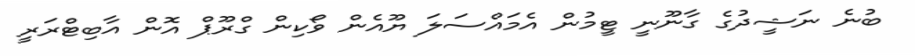
ބުނެ ނަޝީދުގެ ގާނޫނީ ޓީމުން އެމައްސަލަ ޔޫއެން ވޯކިން ގްރޫޕް އޮން އާބިޓްރަރީ